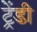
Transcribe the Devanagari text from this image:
ट्रेंडी